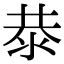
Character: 㳟